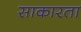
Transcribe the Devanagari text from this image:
साकारता